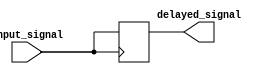
module transmission_gate_delay (
  input wire input_signal,
  output wire delayed_signal
);

  reg delayed_signal_reg;

  always @ (posedge input_signal)
    delayed_signal_reg <= #10 input_signal;

  assign delayed_signal = delayed_signal_reg;

endmodule